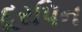
દૂરપિન